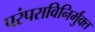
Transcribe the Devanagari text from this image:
परंपराविनिर्मुक्त